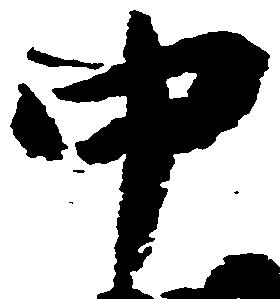
中